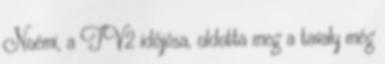
Noémi, a TV2 időjósa, oldotta meg a tavaly még